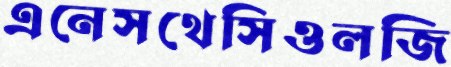
এনেসথেসিওলজি